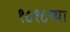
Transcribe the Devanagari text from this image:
१८१८च्या